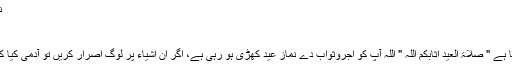
نماز عيد كا اعلان كرنا - اسلام سوال و جواب
نماز عيد كا اعلان كرنا
تاریخ اشاعت : 18-09-2009
بعض اوقات نماز عيد سے قبل اعلان كيا جاتا ہے " صلاۃ العيد اثابكم اللہ " اللہ آپ كو اجروثواب دے نماز عيد كھڑى ہو رہى ہے، اگر ان اشياء پر لوگ اصرار كريں تو آدمى كيا كرنا چاہيے، آيا وہ گھر ميں نماز ادا كر لے ؟